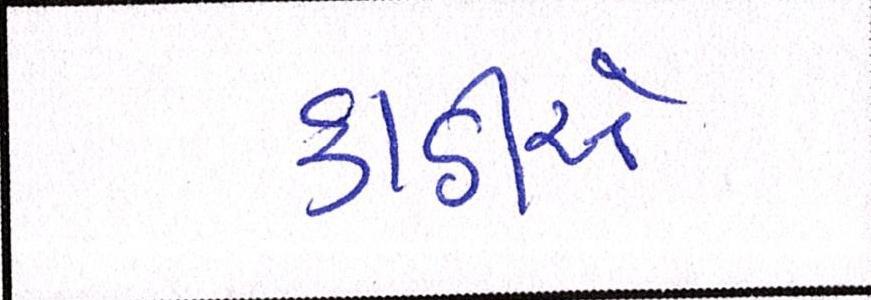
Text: કાઠીએ